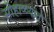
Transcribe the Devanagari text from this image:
सोहाळ्यात